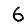
Digit: 6